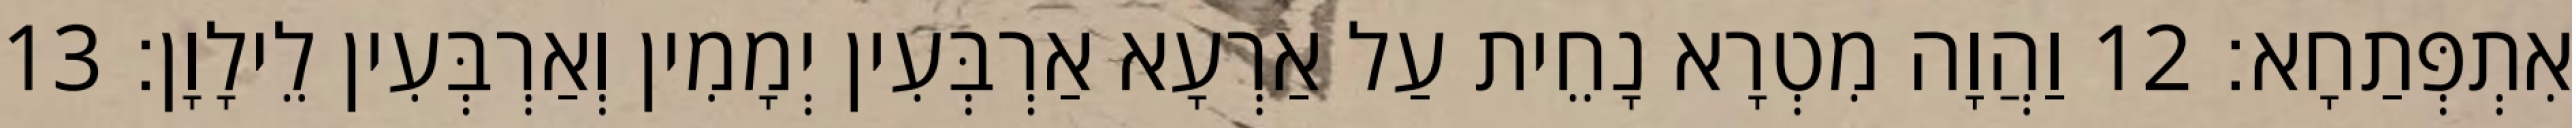
אִתְפְּתַחָא׃ 12 וַהֲוָה מִטְרָא נָחֵית עַל אַרְעָא אַרְבְּעִין יְמָמִין וְאַרְבְּעִין לֵילָוָן׃ 13